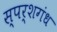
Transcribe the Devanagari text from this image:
स्पर्शगंध